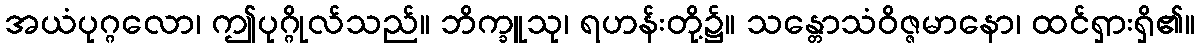
အယံပုဂ္ဂလော၊ ဤပုဂ္ဂိုလ်သည်။ ဘိက္ခူသု၊ ရဟန်းတို့၌။ သန္တောသံဝိဇ္ဇမာနော၊ ထင်ရှားရှိ၏။